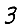
Digit: 3